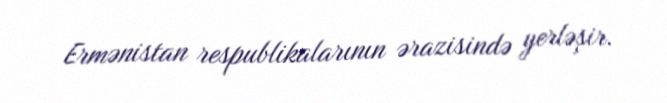
Ermənistan respublikalarının ərazisində yerləşir.